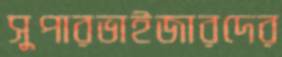
সুপারভাইজারদের